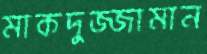
মাকদুজ্জামান